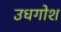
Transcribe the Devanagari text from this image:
उधगोश